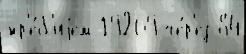
жр'е́б'иjем 19269 че́р'ез 84